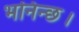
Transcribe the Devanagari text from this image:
भनिन्छ।